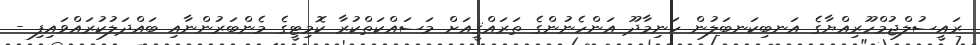
ރައީސުލްޖުމްހޫރިއްޔާގެ އަނބިކަނބަލުން ހަނިމާދޫ އަންހެނުންގެ ތަރައްޤީއަށް މަސައްކަތްކުރާ ކޮމިޓީގެ މެންބަރުންނާއި ބައްދަލުކުރައްވައިފި -